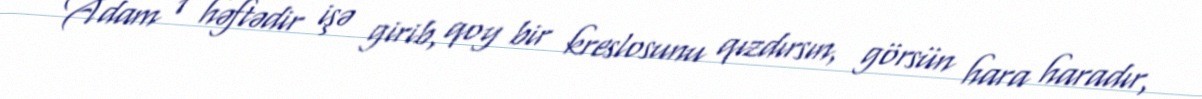
Adam 1 həftədir işə girib, qoy bir kreslosunu qızdırsın, görsün hara haradır,